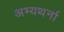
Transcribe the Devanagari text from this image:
अभ्यथर्ना